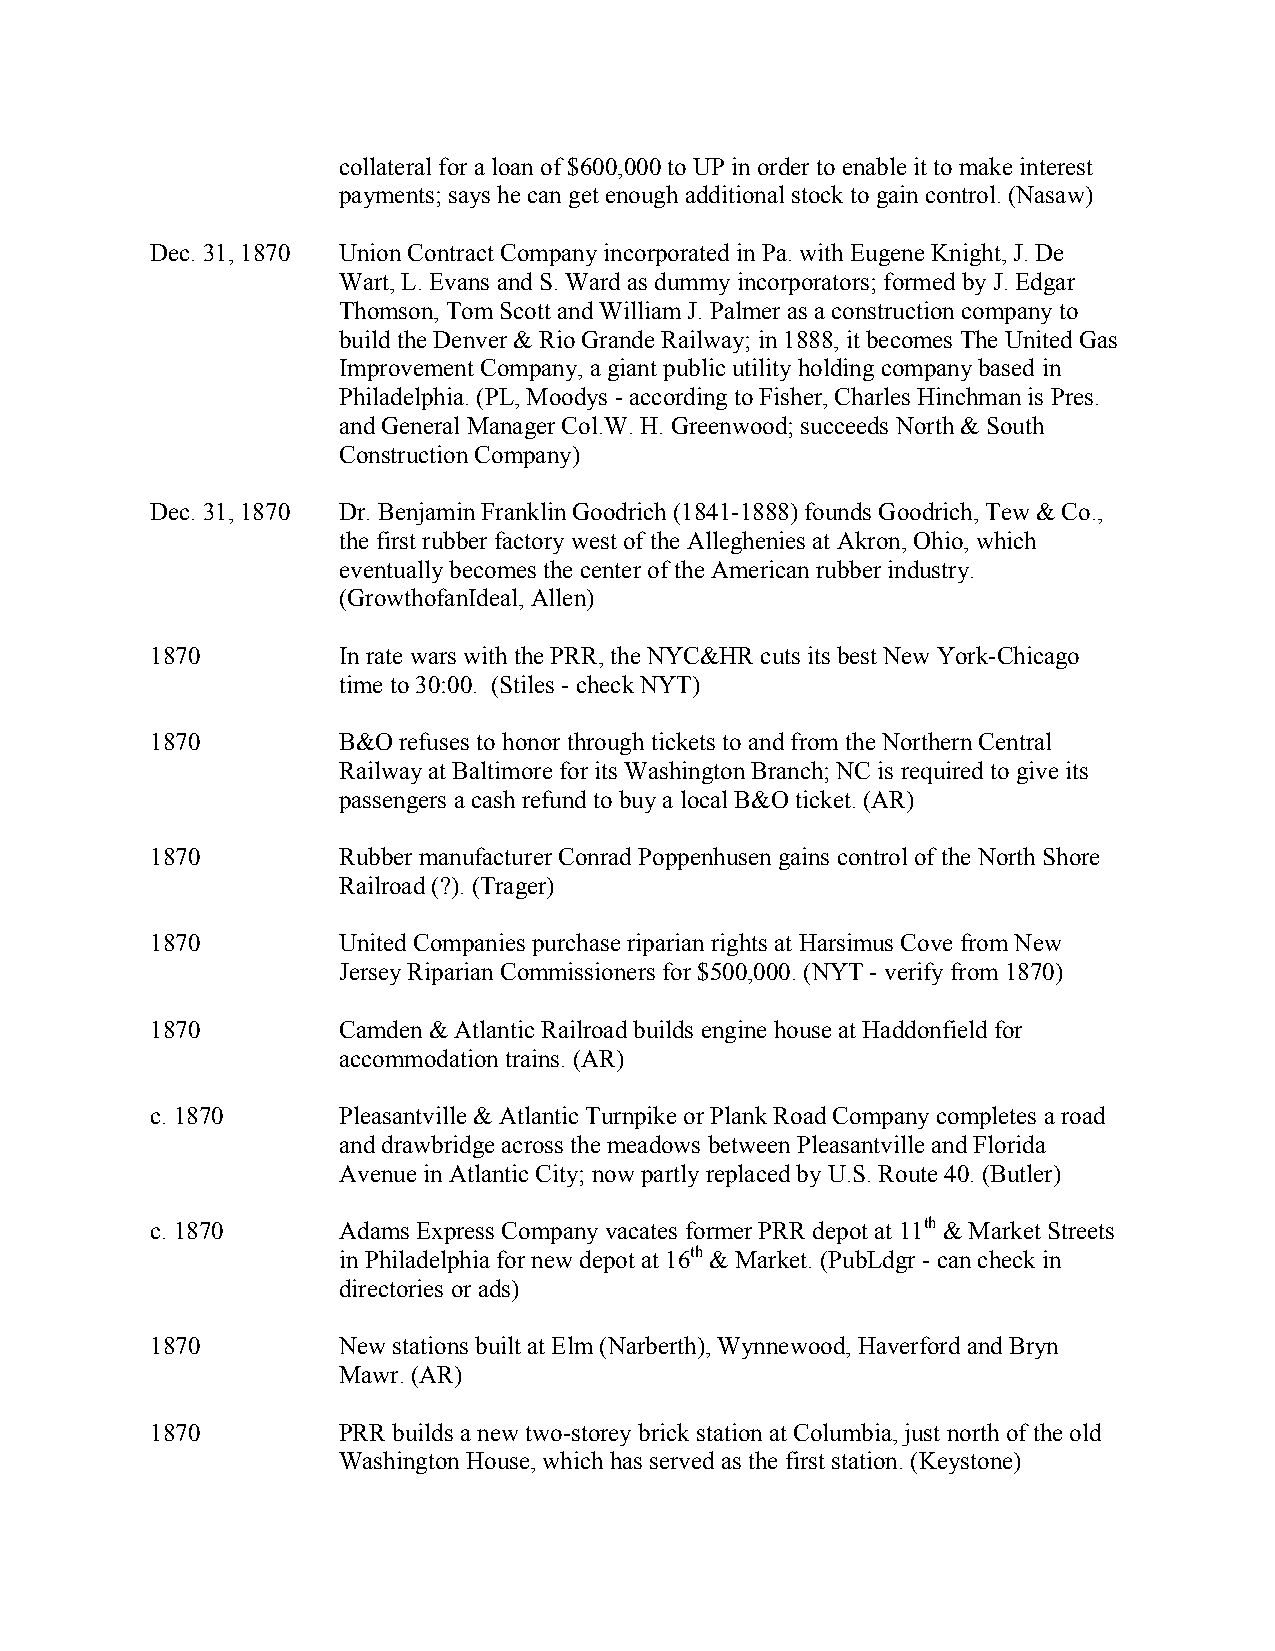
collateral for a loan of $600,000 to UP in order to enable it to make interest
 payments; says he can get enough additional stock to gain control. (Nasaw)
 Dec. 31, 1870 Union Contract Company incorporated in Pa. with Eugene Knight, J. De
 Wart, L. Evans and S. Ward as dummy incorporators; formed by J. Edgar
 Thomson, Tom Scott and William J. Palmer as a construction company to
 build the Denver & Rio Grande Railway; in 1888, it becomes The United Gas
 Improvement Company, a giant public utility holding company based in
 Philadelphia. (PL, Moodys - according to Fisher, Charles Hinchman is Pres.
 and General Manager Col.W. H. Greenwood; succeeds North & South
 Construction Company)
 Dec. 31, 1870 Dr. Benjamin Franklin Goodrich (1841-1888) founds Goodrich, Tew & Co.,
 the first rubber factory west of the Alleghenies at Akron, Ohio, which
 eventually becomes the center of the American rubber industry.
 (GrowthofanIdeal, Allen)
 1870        In rate wars with the PRR, the NYC&HR cuts its best New York-Chicago
 time to 30:00. (Stiles - check NYT)
 1870        B&O refuses to honor through tickets to and from the Northern Central
 Railway at Baltimore for its Washington Branch; NC is required to give its
 passengers a cash refund to buy a local B&O ticket. (AR)
 1870        Rubber manufacturer Conrad Poppenhusen gains control of the North Shore
 Railroad (?). (Trager)
 1870        United Companies purchase riparian rights at Harsimus Cove from New
 Jersey Riparian Commissioners for $500,000. (NYT - verify from 1870)
 1870        Camden & Atlantic Railroad builds engine house at Haddonfield for
 accommodation trains. (AR)
 c. 1870     Pleasantville & Atlantic Turnpike or Plank Road Company completes a road
 and drawbridge across the meadows between Pleasantville and Florida
 Avenue in Atlantic City; now partly replaced by U.S. Route 40. (Butler)
 c. 1870     Adams Express Company vacates former PRR depot at 11th & Market Streets
 in Philadelphia for new depot at 16th & Market. (PubLdgr - can check in
 directories or ads)
 1870        New stations built at Elm (Narberth), Wynnewood, Haverford and Bryn
 Mawr. (AR)
 1870        PRR builds a new two-storey brick station at Columbia, just north of the old
 Washington House, which has served as the first station. (Keystone)